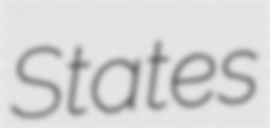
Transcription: States